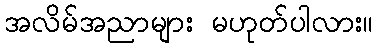
အလိမ်အညာများ မဟုတ်ပါလား။